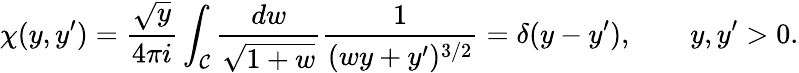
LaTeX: \chi(y,y^{\prime})=\frac{\sqrt{y}}{4\pi i}\int_{\cal C}\frac{dw}{\sqrt{1+w}}\frac{1}{(wy+y^{\prime})^{3/2}}=\delta(y-y^{\prime}),\qquad y,y^{\prime}>0.